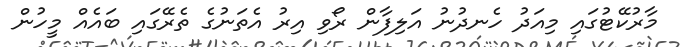
މާރުކޭޓުގައި މިއަދު ހެނދުނު އަލިފާން ރޯވި އިރު އެތަނުގެ ތެރޭގައި ބައެއް މީހުން